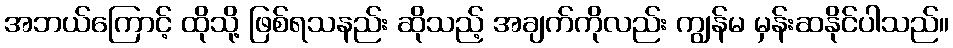
အဘယ်ကြောင့် ထိုသို့ ဖြစ်ရသနည်း ဆိုသည့် အချက်ကိုလည်း ကျွန်မ မှန်းဆနိုင်ပါသည်။